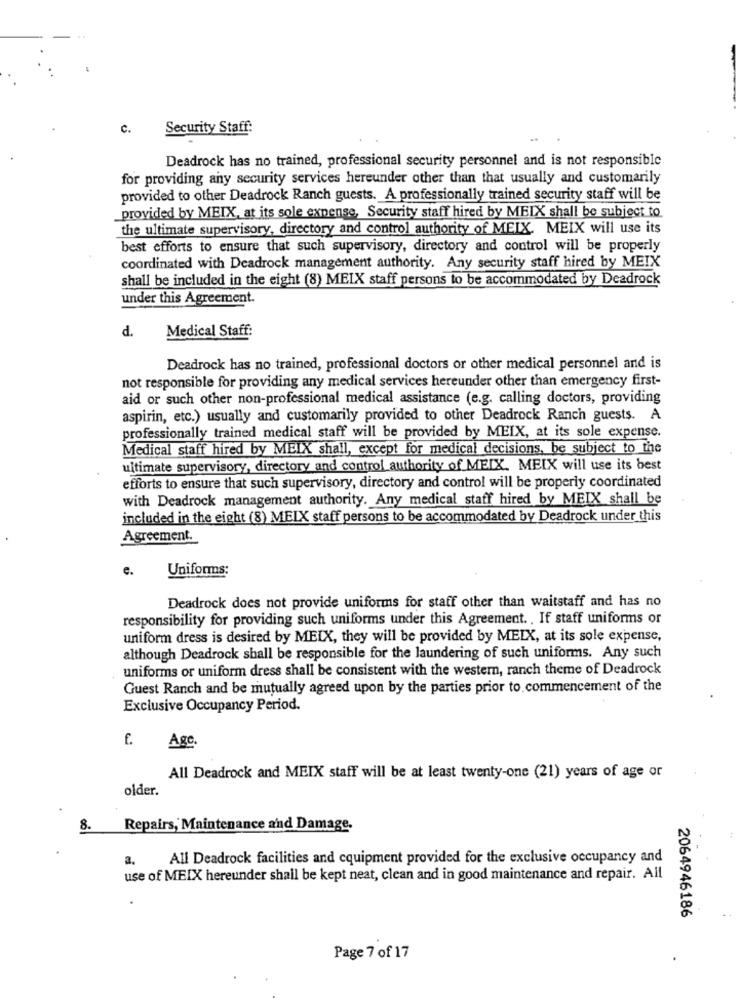
c.
Security Staff:
Deadrock has no trained, professional security personnel and is not responsible
for providing any security services hereunder other than that usually and customarily
provided to other Deadrock Ranch guests. A professionally trained security staff will be
provided by MEIX, at its sole expense, Security staff hired by MEIX shall be subject to
the ultimate supervisory, directory and control authority of MEIX. MEIX will use its
best efforts to ensure that such supervisory, directory and control will be properly
coordinated with Deadrock management authority. Any security staff hired by MEIX
shall be included in the eight (8) MEIX staff persons to be accommodated by Deadrock
under this Agreement.
d.
Medical Staff:
Deadrock has no trained, professional doctors or other medical personnel and is
not responsible for providing any medical services hereunder other than emergency first-
aid or such other non-professional medical assistance (e.g. calling doctors, providing
aspirin, etc.) usually and customarily provided to other Deadrock Ranch guests. A
professionally trained medical staff will be provided by MEIX, at its sole expense.
Medical staff hired by MEIX shall, except for medical decisions, be subject to the
ultimate supervisory, directory and control authority of MEIX. MEIX will use its best
efforts to ensure that such supervisory, directory and control will be properly coordinated
with Deadrock management authority. Any medical staff hired by MEIX shall be
included in the eight (8) MEIX staff persons to be accommodated by Deadrock under this
Agreement.
e.
Uniforms:
Deadrock does not provide uniforms for staff other than waitstaff and has no
responsibility for providing such uniforms under this Agreement .. If staff uniforms or
uniform dress is desired by MEIX, they will be provided by MEIX, at its sole expense,
although Deadrock shall be responsible for the laundering of such uniforms. Any such
uniforms or uniform dress shall be consistent with the western, ranch theme of Deadrock
Guest Ranch and be mutually agreed upon by the parties prior to. commencement of the
Exclusive Occupancy Period.
Agc.
All Deadrock and MEIX staff will be at least twenty-one (21) years of age or
older.
8.
Repairs, Maintenance and Damage.
2.
All Deadrock facilities and cquipment provided for the exclusive occupancy and
use of MEIX hereunder shall be kept neat, clean and in good maintenance and repair. All
2064946186
Page 7 of 17